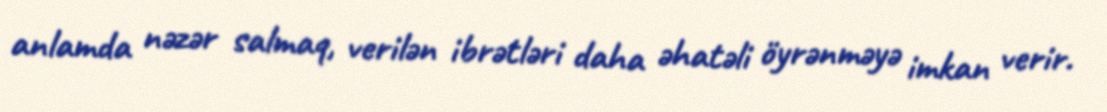
anlamda nəzər salmaq, verilən ibrətləri daha əhatəli öyrənməyə imkan verir.